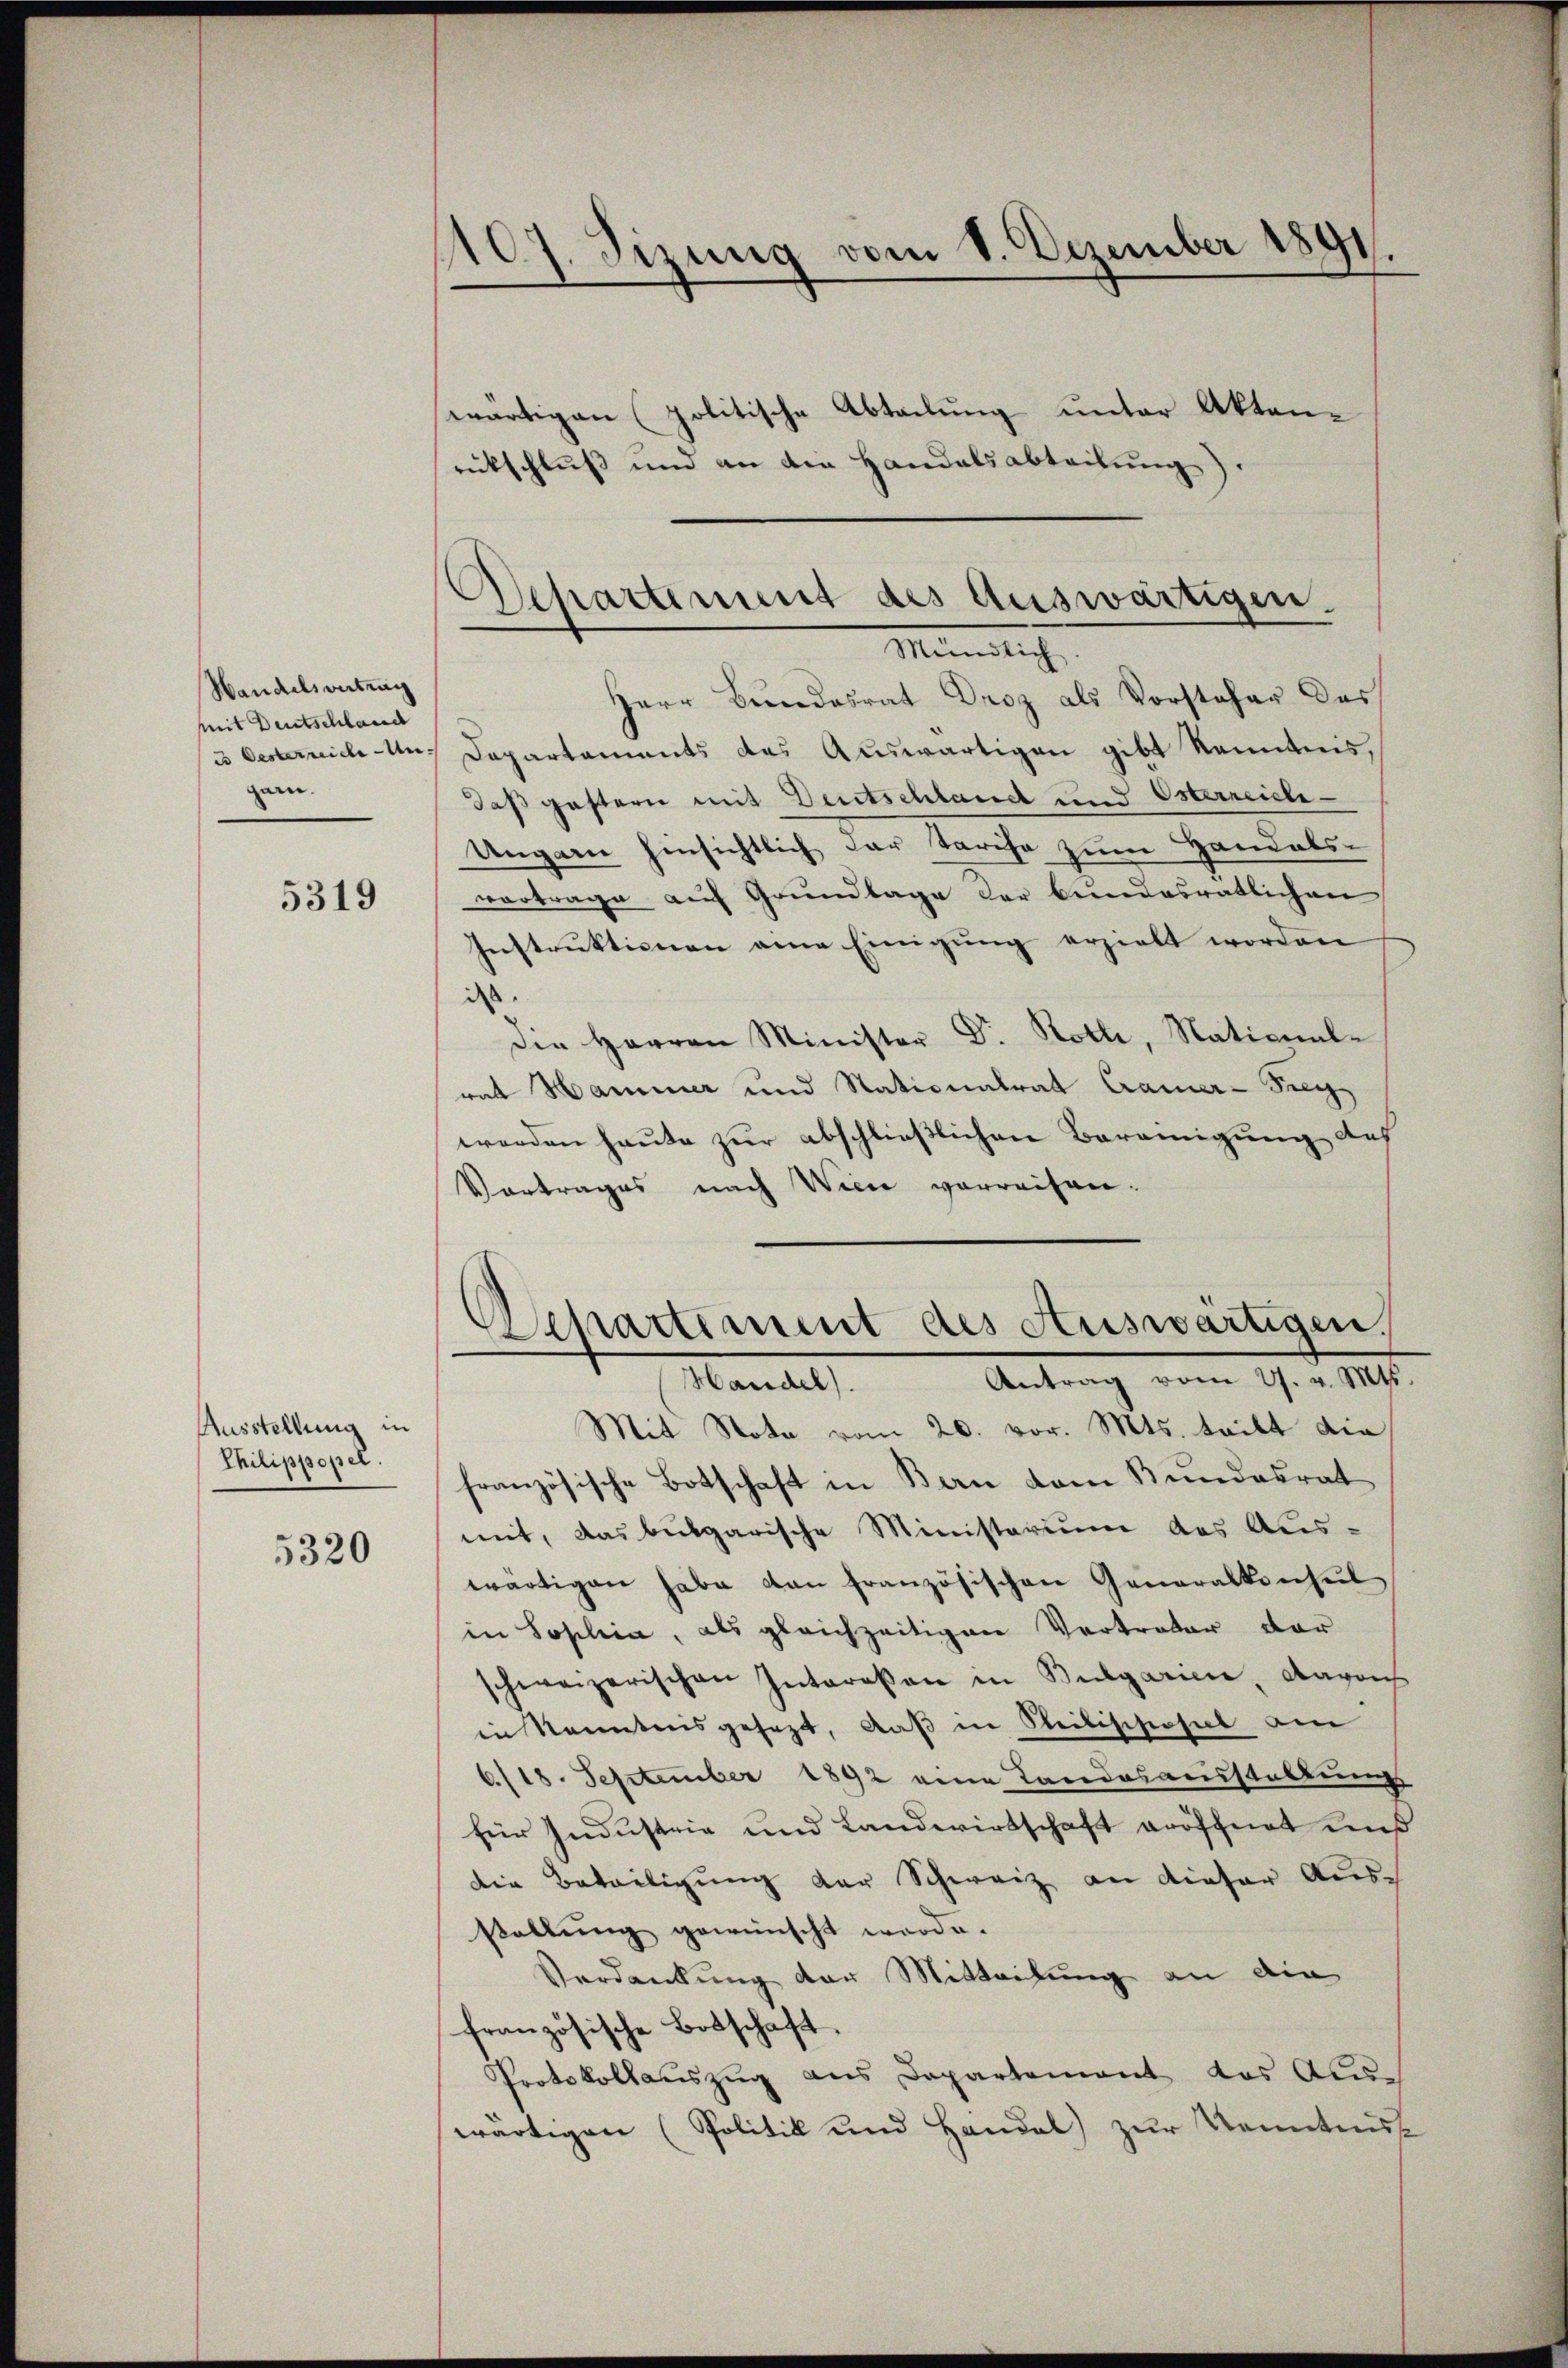
Handelsvertrag
mit Deutschland
garn.

5319

Ausstellung in
Thilippopel.

5320

1107. Sizung vom 1. Dezember 1891.
wärtigen (politische Abteilung unter Aktenrückschluß und an den Handelsabteilung.

Herr Bundesrat Droz als Vorsteher das
u Oesterrich aus Departaments des Auswärtigen gibt kenntnis,
daß gestern mit Deutschlauch und Osterreiche¬
Ungarn hinsichtlich der Tarife zum Handels-
vertrage auf Grundlage der bundesratlichen
Instruktionen eine Einigung erzielt worden
is
Die Herren Minister Dr. Kotli, National-
ral Hammer und Nationalrat Cramer-Fig
worden heute zur abschließlichen Bereinigung des
Vortrages nach Wien verweisen.

Departement des Auswärtigen.
Münstlich

Departement des Auswärtigen.
Antrag vom 27. v. Mts.
Handel).

Mit Nota vom 20. vor. Mts. tritt die
französische Botschaft in Bern vom Bundesrat
mit, das bulgarische Ministerium des Aus-
wärtigen habe von französischen Generalkonsul
in Sophia, als gleichzeitigen Vertreter der
schweizerischen Intereßen in Bulgarien, Aaroch
in kanntnisgesezt, daß in Seilischoses am
6./18. September 1892 eine Landesausstaltung
für Industrie und Landwirtschaft eröffnet und
die Beteiligung der Schweiz an dieser Aus-
stellung gewünscht worde.
Verdankung der Mitteilung an die
französische Botschaft.
Protokollauszug aus Departement das Aus-
wärtigen (Politik und Handel zur Kenntniss